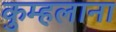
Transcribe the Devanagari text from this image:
कुम्हलाना